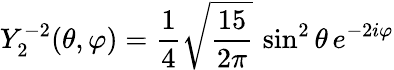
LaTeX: Y_{2}^{-2}(\theta,\varphi)={\frac{1}{4}}{\sqrt{\frac{15}{2\pi}}}\, \sin^{2}\theta\, e^{-2i\varphi}